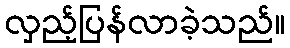
လှည့်ပြန်လာခဲ့သည်။